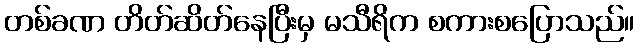
တစ်ခဏ တိတ်ဆိတ်နေပြီးမှ မသီရိက စကားစပြောသည်။